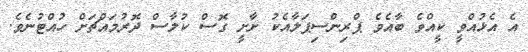
އެ އެޅުއްވީ ކީއްވެ ބާއެވެ ޕްރިންސިޕަލާއެކު ށާށީ ގޮސް ކުލާސް ދޮރުމައްޗަށް ހުއްޓުނެވެ.